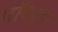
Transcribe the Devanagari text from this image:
पॉवर्ड